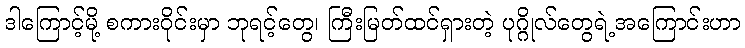
ဒါကြောင့်မို့ စကားဝိုင်းမှာ ဘုရင့်တွေ၊ ကြီးမြတ်ထင်ရှားတဲ့ ပုဂ္ဂိုလ်တွေရဲ့အကြောင်းဟာ